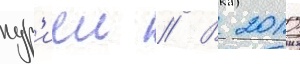
кур'иеи // В 2010